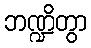
ဘဏ္ဍိတွာ